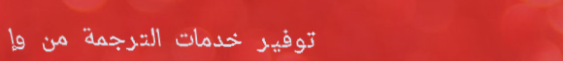
توفير خدمات الترجمة من وإ